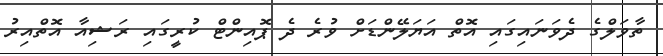
ތާވަލްގެ ދެވަނައިގައި އޮތް އަޔަލޭންޑަށް ވުރެ ދެ ޕޮއިންޓް ކުރީގައި ރަޝިއާ އޮތްއިރު